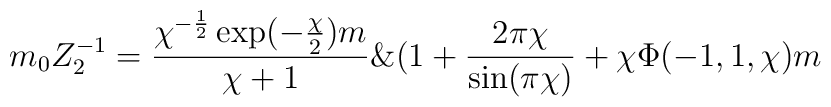
m_{0}Z_{2}^{-1}=\frac{\chi^{-\frac{1}{2}}\exp(-\frac{\chi}{2})m}{\chi+1}\&(1+\frac{2\pi\chi}{\sin(\pi\chi)}+\chi\Phi(-1,1,\chi)m